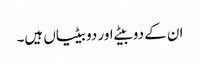
ان کے دو بیٹے اور دو بیٹیاں ہیں۔